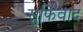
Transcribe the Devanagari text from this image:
सुफिवाद